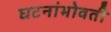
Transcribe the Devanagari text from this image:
घटनांभोवती